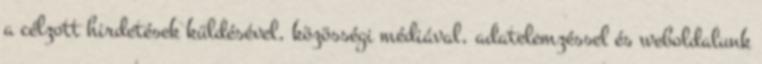
a célzott hirdetések küldésével, közösségi médiával, adatelemzéssel és weboldalunk